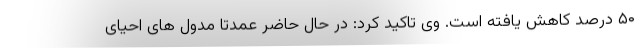
۵۰ درصد کاهش یافته است. وی تاکید کرد: در حال حاضر عمدتا مدول های احیای